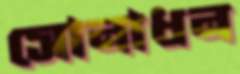
সোনাধন